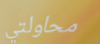
محاولتي